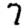
Digit: 7